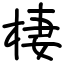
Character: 棲